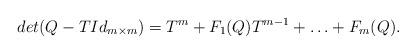
LaTeX: \begin{align*}det(Q - TId_{m\times m}) = T^m + F_1(Q)T^{m-1} + \ldots + F_m(Q).\end{align*}